Calcutta medical institutions reports 1892-1900
Year: 1892
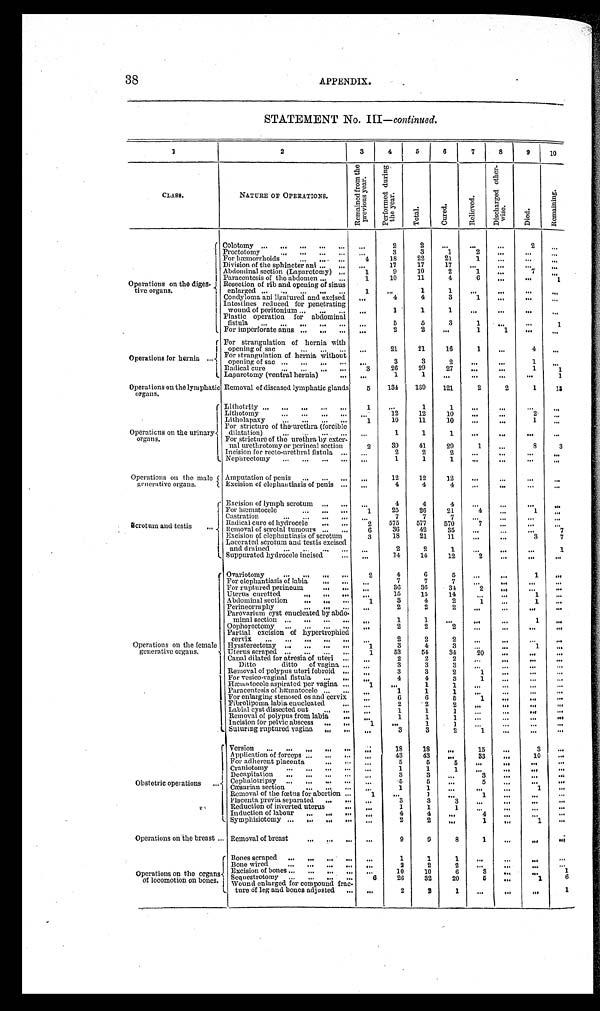
38
APPENDIX.
STATEMENT No. III—continued.
1
2
3
4
5 6
7
8
9
1 0
C L A S S .
NATURE OF OPERATIONS.
R e m a i n e d f r o m t h e p r e v i o u s y e a r .
P e r f o r m e d d u r i n g t h e y e a r .
T o t a l .
C u r e d .
R e l i e v e d .
D i s c h a r g e d o t h e r - w i s e .
D i e d .
R e m a i n i n g .
Operations on the dige
s - t i v e o r g a n s .
Colotomy . . .
. . .
2
2
. . .
. . .
. . .
2
. . .
Proctotomy . . .
. . .
3
3
1
2
. . .
. . .
. . .
For hæmorrhoids . . .
...4
18
22
21
1
. . .
. . .
. . .
Division of the sphincter ani . . .
17
17
17
. . .
. . .
. . .
. . .
. . .
Abdominal section (Laparotomy) . . .
1
9
10
2
1
. . .
7
. . .
Paracentesis of the abdomen . . .
1
10
11
4
6
. . .
. . .
1
Resection of rib and opening of sinus
enlarged . . .
1
. . .
1
1
. . .
. . .
. . .
. . .
Condyloma ani ligatured and excised . . .
. . .
4
4
3
1
. . .
. . .
. . .
Intestines reduced for penetrating
wound of peritonium . . .
. . .
1
1
1
. . .
. . .
. . .
. . .
Plastic operation for abdominal
fistula . . .
. . .
5
5
3
1
. . .
. . .
1
For imperforate anus . . .
. . .
2
2
. . .
1
1
. . .
. . .
Operations for hernia . . .
For strangulation of hernia with
opening of sac . . .
. . .
21
21
16
1
. . .
4
. . .
For strangulation of hernia without
opening of sac . . .
. . .
3
3
2
. . . . . .
1
. . .
Radical cure . . .
3
26
29
27
. . .
. . .
1
1
Laparotomy (ventral hernia) . . .
. . .
1
1
. . .
. . .
. . .
. . .
1
Operations on the lymphatic
organs.
Removal of diseased lymphatic glands
5
134
139
121
2
2
1
1 3
Operations on the urinary
organs.
Lithotrity . . .
1
. . .
1
1
. . .
. . .
. . .
. . .
Lithotomy . . .
. . .
12
12
10
. . .
. . .
2
. . .
Litholapaxy . . .
1
10
11
10 . . .
. . .
1
. . .
For stricture of the urethra (forcible
dilatation) . . .
. . .
1
1
1
. . .
. . .
. . .
. . .
For stricture of the urethra by exter
-nal urethrotomy or perineal section
2
39
41
29
1
. . .
8
3
I n c i s i o n f o r r e c t o - u r e t h r a l f i s t u l a . . .
2
2
2
. . .
. . .
. . .
. . .
. . .
Nephrectomy . . .
. . .
1
1
1
. . .
. . .
. . .
. . .
Operations on the male
generative organs.
Amputation of penis . . .
. . . 12
12
12
. . .
. . .
. . .
. . .
Excision of elephantiasis of penis . . .
. . .
4
4
4
. . .
. . .
. . .
. . .
S c r o t u m a n d t e s t i s . . .
Excision of lymph scrotum . . .
. . .
4
4
4
. . .
. . .
. . .
. . .
For hæmatocele . . .
1
25
26
21
4
. . .
1
. . .
Castration . . .
. . .
7
7
7
. . .
. . .
. . .
. . .
Radical cure of hydrocele . . .
2
575
577
570
7
. . .
. . .
. . .
Removal of scrotal tumours . . .
6
36
42
35
. . .
. . .
. . .
7
Excision of elephantiasis of scrotum
3
18
21
11 . . .
. . .
3
7
Lacerated scrotum and testis excised
and drained . . .
. . .
2
2
1
. . .
. . .
. . . 1
Suppurated hydrocele incised . . .
. . .
14
14
12
2
. . .
. . .
. . .
Operations on the female
generative organs.
Ovariotomy . . .
2
4
6
5
. . .
. . .
1
. . .
For elephantiasis of labia . . .
. . .
7
7
7
. . .
. . .
. . .
. . .
For ruptured perineum . . .
. . .
36
36
34
2
. . .
. . .
. . .
Uterus curetted . . .
. . .
15
15
14
. . .
. . .
1
. . .
Abdominal section . . .
1
3
4
2
1
. . .
1
. . .
Perineorraphy . . .
. . .
2
2
2
. . .
. . .
. . .
. . .
Parovarium cyst enucleateci by abdo
-minal section . . .
. . .
1
1
. . .
. . .
. . .
1
. . .
Oophorectomy . . .
. . .
2
2
2
. . .
. . .
. . .
. . .
Partial excision of hypertrophied
cervx . . .
. . .
2
2
2
. . .
. . .
. . .
. . .
Hyssterectomy . . .
1
3
4
3
. . .
. . .
1
. . .
Uterus scraped . . .
1
53
54
34
20
. . .
. . .
. . .
Canal dilated for atresia of uteri . . .
. . .
2
2
2
. . .
. . .
. . .
. . .
Ditto ditto of vagina . . .
. . .
3
3
3
. . .
. . .
. . .
. . .
Removal of polypus uteri febroid . . .
. . .
3
3
2
1
. . .
. . .
. . .
For vesico-vaginal fistula . . .
. . .
4
4
3
1
. . .
. . .
. . .
Hæmatocele aspirated per vagina . . .
1
. . .
1
1
. . .
. . .
. . .
. . .
Paracentesis of hæmatocele . . .
. . .
1
1
1
. . .
. . .
. . .
. . .
For enlarging stenosed os and cervix . . .
. . .
6
6
5
1
. . .
. . .
. . .
Fibrolipoma labia enucleated
. . .
2
2
2
. . .
. . .
. . .
. . .
Labial cyst dissected out . . .
. . .
1
1
1
. . .
. . .
. . .
. . .
Removal of polypus from labia . . .
. . .
1
1
1
. . .
. . .
. . .
. . .
Incision for pelvic abscess . . .
1
. . .
1
1
. . .
. . .
. . .
. . .
Suturing ruptured vagina . . .
. . .
3
3
2
1
. . .
. . .
. . .
Obstetric operations . . .
Version . . .
. . . 18
18
. . .
15
. . .
3
. . .
Application of forceps . . .
. . .
43
43
. . .
33
. . .
10
. . .
For adherent placenta . . .
. . .
5
5
5
. . .
. . .
. . .
. . .
Craniotomy . . .
. . .
1
1
1
. . .
. . .
. . .
. . .
Decapitation . . .
. . .
3
3
. . .
3
. . .
. . .
. . .
Cephalotripsy . . .
. . .
5
5
. . .
5
. . .
. . .
. . .
Cæesarian section . . .
. . .
1
1
. . .
. . .
. . .
1
. . .
Removal of the fœtus for abortion . . .
1
. . .
1
. . .
1
. . .
. . .
. . .
Placenta previa separated . . .
. . .
3
3
3
. . .
. . .
. . .
. . .
Reduction of inverted. uterus . . .
. . .
1
1
1
. . .
. . .
. . .
. . .
Induction of labour . . .
. . .
4
4
. . .
4
. . .
. . .
. . .
Symphisiotomy . . .
. . .
2
2
. . .
1
. . .
1
. . .
Operations on the breast . . . Removal of breast . . .
. . .
9
9
8
1
. . .
. . .
. . .
O p e r a t i o n s o n t h e o r g a n s
of locomotion on bones.
Bones scraped . . .
. . .
1
1
1
. . .
. . .
. . .
. . .
Bone wired . . .
. . .
2
2
2
. . .
. . .
. . .
. . .
Excision of bones . . .
. . .
10
10
6
3
. . .
. . .
1
Sequestrotomy . . .
6
26
32
20
5
. . .
1
6
Wound enlarged for compound frac
-ture 0f leg and bones adjusted . . .
. . .
2
2
1
. . .
. . .
. . .
1